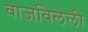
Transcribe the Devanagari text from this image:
वाजविलेली